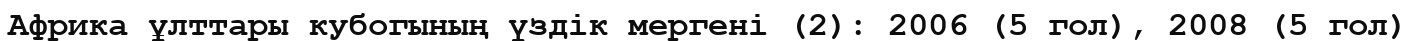
Африка ұлттары кубогының үздік мергені (2): 2006 (5 гол), 2008 (5 гол)